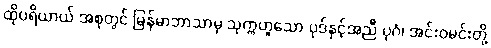
ထိုပရိယာယ် အစုတွင် မြန်မာဘာသာမှ သုက္ကဟူသော ပုဒ်နှင့်အညီ ပုဂံ၊ အင်းဝမင်းတို့